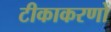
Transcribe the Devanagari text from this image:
टीकाकरणों